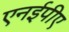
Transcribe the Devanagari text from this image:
एनईपीए